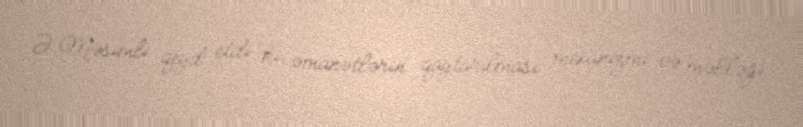
Ə.Məsimli qeyd etdi ki, əmanətlərin qaytarılması mexanizmi və məbləği